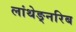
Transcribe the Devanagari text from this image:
लांथेङ्नरिब